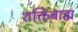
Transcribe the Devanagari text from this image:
शक्तिबाह्य